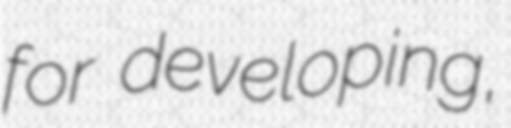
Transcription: for developing,